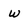
Character: w